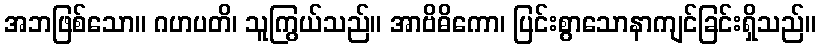
အဘဖြစ်သော။ ဂဟပတိ၊ သူကြွယ်သည်။ အာဗိဓိကော၊ ပြင်းစွာသောနာကျင်ခြင်းရှိသည်။